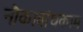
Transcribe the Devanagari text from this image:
नौकाबांधकाम